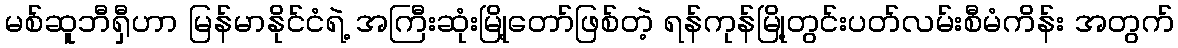
မစ်ဆူဘီရှီဟာ မြန်မာနိုင်ငံရဲ့ အကြီးဆုံးမြို့တော်ဖြစ်တဲ့ ရန်ကုန်မြို့တွင်းပတ်လမ်းစီမံကိန်း အတွက်